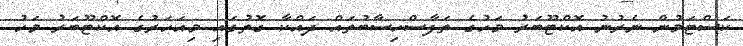
ކަސްޓަމުން ނެރުނު އޮކްޓޫބަރު މަހުގެ ތަފާސްހިސާބުތައް ދައްކާ ގޮތުގައި މިއަހަރުގެ އޮކްޓޫބަރު މަހު